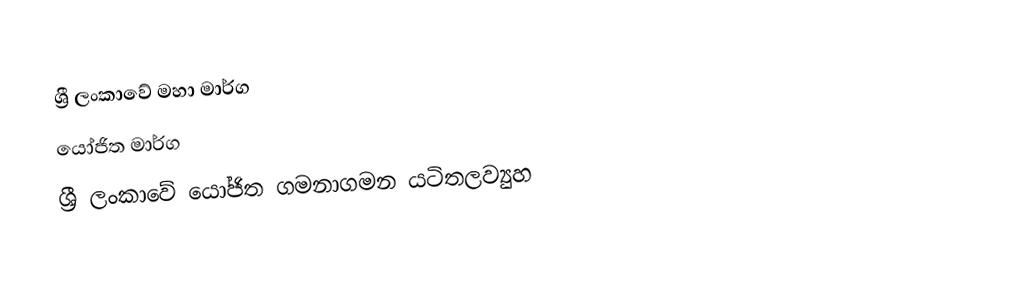
ශ්‍රී ලංකාවේ මහා මාර්ග
යෝජිත මාර්ග
ශ්‍රී ලංකාවේ යෝජිත ගමනාගමන යටිතලව්‍යුහ